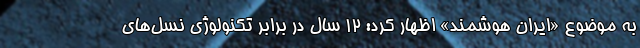
به موضوع «ایران هوشمند» اظهار کرد: 12 سال در برابر تکنولوژی نسل‌های